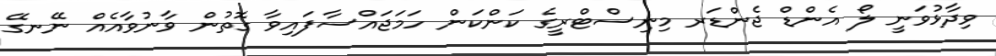
ވިދާޅުވަނީ ލޯ އެންޑް ޖެންޑަރ މިނިސްޓްރީގެ ކަންކަން ހަމަޖައްސާފައިވާ ގޮތުން ވާނުވާއެއް ނޭނގޭ